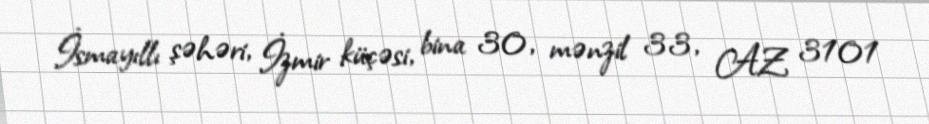
İsmayıllı şəhəri, İzmir küçəsi, bina 30, mənzil 33, AZ 3101